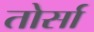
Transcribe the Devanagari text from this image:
तोर्सा